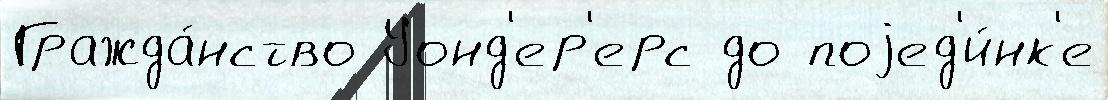
Гражда́нство Уонд'ер'ерс до поjед'и́нк'е